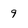
Character: 9